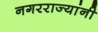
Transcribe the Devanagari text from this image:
नगरराज्यांनी